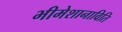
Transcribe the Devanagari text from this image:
भीमेशानाविति